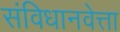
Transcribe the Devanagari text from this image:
संविधानवेत्ता